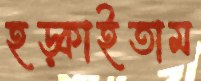
হড়্‌কাইতাম